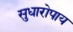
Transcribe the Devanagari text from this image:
सुधारोपाय